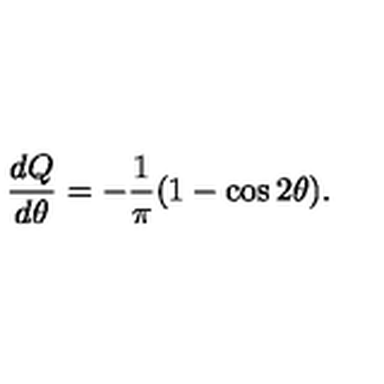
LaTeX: \frac { d Q } { d \theta } = - \frac { 1 } { \pi } ( 1 - \cos 2 \theta ) .